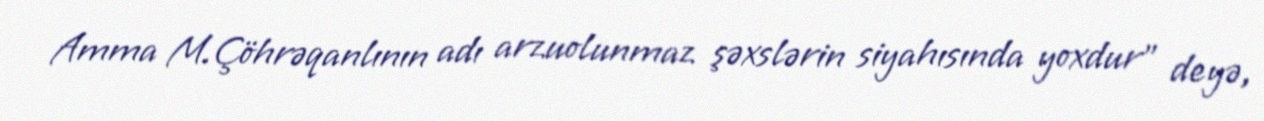
Amma M.Çöhrəqanlının adı arzuolunmaz şəxslərin siyahısında yoxdur” deyə,